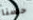
حسنا